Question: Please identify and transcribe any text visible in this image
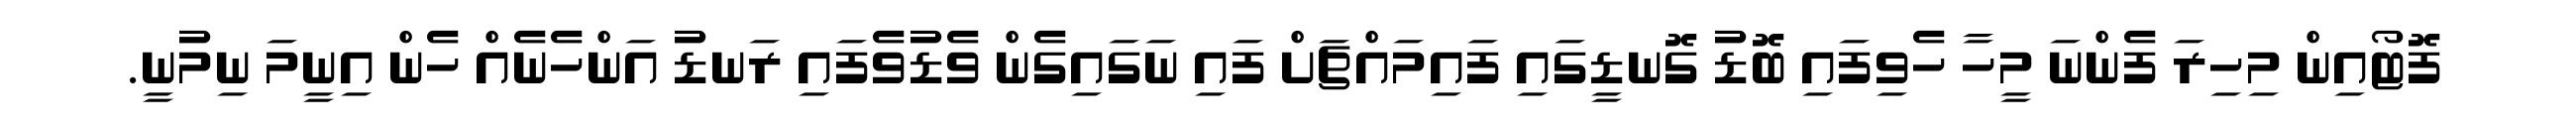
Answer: ފޮޓޯއިން މިހިރަ ފެންނަ މީހާ ހެވިފައި ބޮޑު ގޮނޑީގައި ފައިމައްޗަށް ފައި ނަގައިގެން ވެޑުވެފައި ރަނޑު އަންހެނެއް ހެން އިނީމަ ނިމުނީ.